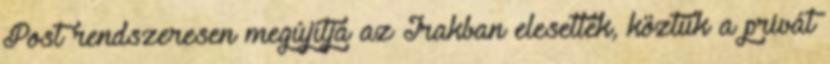
Post rendszeresen megújítja az Irakban elesettek, köztük a privát